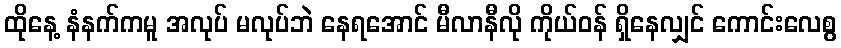
ထိုနေ့ နံနက်ကမူ အလုပ် မလုပ်ဘဲ နေရအောင် မီလာနီလို ကိုယ်ဝန် ရှိနေလျှင် ကောင်းလေစွ